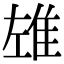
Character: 𨾬